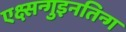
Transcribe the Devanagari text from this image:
एक्ष्सन्गुइनतिन्ग